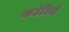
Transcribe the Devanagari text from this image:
कउंटियों